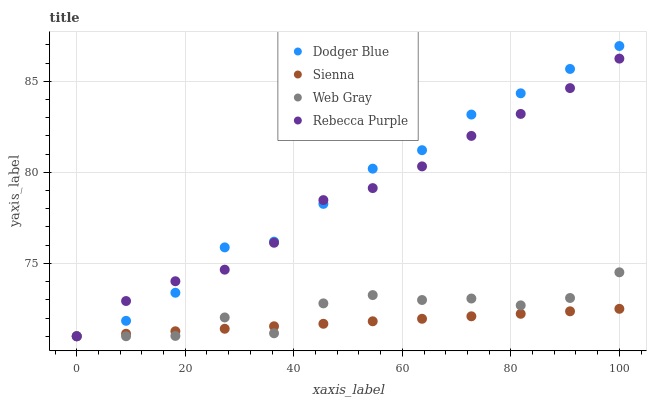
| xaxis_label | Dodger Blue | Sienna | Web Gray | Rebecca Purple |
 | --- | --- | --- | --- | --- |
 | 0 | 71 | 71 | 71 | 71 |
 | 9.09 | 71.8 | 71.1 | 71 | 72.9 |
 | 18.2 | 73.4 | 71.3 | 71 | 74 |
 | 27.3 | 75.9 | 71.4 | 72 | 74.7 |
 | 36.4 | 76.2 | 71.5 | 71.2 | 76.1 |
 | 45.5 | 78.3 | 71.7 | 72.8 | 78.5 |
 | 54.5 | 80.2 | 71.8 | 73.3 | 79.1 |
 | 63.6 | 81.2 | 72 | 73 | 80.3 |
 | 72.7 | 83.2 | 72.1 | 73.1 | 82 |
 | 81.8 | 84.3 | 72.2 | 72.7 | 83.2 |
 | 90.9 | 85.7 | 72.4 | 73.1 | 84.6 |
 | 100 | 86.9 | 72.5 | 74.5 | 86.2 |